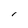
Character: l